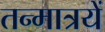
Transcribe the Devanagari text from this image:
तन्मात्रयें